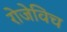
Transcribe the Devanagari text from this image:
रोजेविच